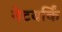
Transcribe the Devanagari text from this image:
नेटवर्किं